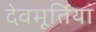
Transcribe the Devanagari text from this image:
देवमूर्तियां